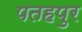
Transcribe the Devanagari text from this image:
पतहपुर